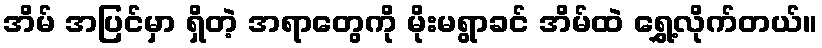
အိမ် အပြင်မှာ ရှိတဲ့ အရာတွေကို မိုးမရွာခင် အိမ်ထဲ ရွှေ့လိုက်တယ်။